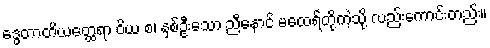
ဒွေတာတိယတ္ထေရာ ဝိယ စ၊ နှစ်ဦးသော ညီနောင် မထေရ်တို့ကဲ့သို့ လည်းကောင်းတည်း။